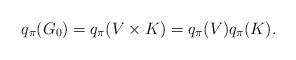
LaTeX: \begin{align*}q_\pi(G_0)=q_\pi(V\times K)=q_\pi(V)q_\pi(K). \end{align*}